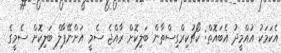
އެކަމަކު އުއްމީދު އެބައޮތް: ކޯޗުކިރްގިސްތާން ބަލިކޮށް ރާއްޖެ ސެމީ އަށްނޭޕާލް ބަލިކޮށް ސެމީގެ